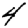
Digit: 4